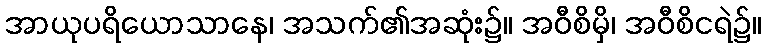
အာယုပရိယောသာနေ၊ အသက်၏အဆုံး၌။ အဝီစိမှိ၊ အဝီစိငရဲ၌။